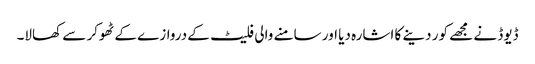
ڈیوڈ نے مجھے کور دینے کا اشارہ دیا اور سامنے والی فلیٹ کے دروازے کے ٹھوکر سے کھالا۔